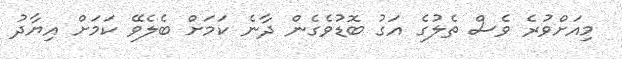
މިއަށްވުރެ ވެސް ތެލުގެ އަގު ބޮޑުވެގެން ދާނެ ކަމަށް ބެލެވޭ ކަމަށް އިޔާދު